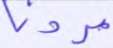
مردنا